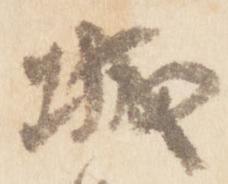
城